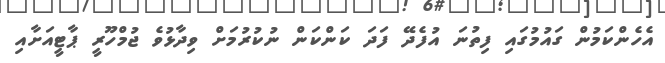
އެހެންކަމުން ގައުމުގައި ފިތުނަ އުފެދޭ ފަދަ ކަންކަން ނުކުރުމަށް ވިދާޅުވެ ޖުމްހޫރީ ޕާޓީއަށާއި